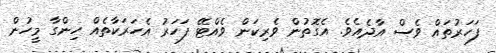
ފަހަރުތައް ވެސް އާދެއެވެ. އެގޮތުން ވެރިކަން ވެއްޓޭ ފަހަރު އެހަރަކާތެއް ހިންގާ މީހުން